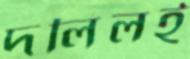
দলিলই